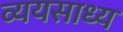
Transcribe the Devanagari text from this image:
व्‍ययसाध्‍य